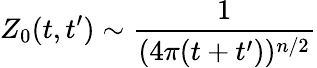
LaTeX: Z_{0}(t,t^{\prime})\sim\frac{1}{(4\pi(t+t^{\prime}))^{n/2}}